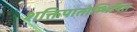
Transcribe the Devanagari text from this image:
शक्तिपातोम्भिषित